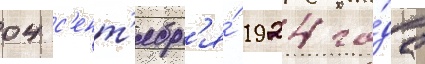
04 с'ент'ябр'я́ 1924 го́да